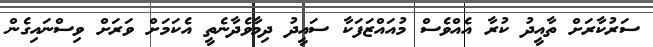
ސަރުކާރަށް ތާއީދު ކުރާ އެއްވެސް މުއައްޒަފަކާ ސައީދު ދިމާވެދާނެތީ އެކަމަށް ވަރަށް ވިސްނައިގެން